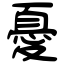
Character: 憂